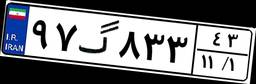
۳۴گ۴۸۲۴۹